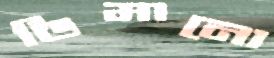
ডিমানো